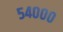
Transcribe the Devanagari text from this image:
५४०००